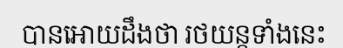
បានអោយដឹងថា រថយន្តទាំងនេះ